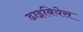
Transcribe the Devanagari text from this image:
डाइबियेस